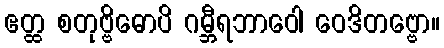
ဧတ္ထ စတုဗ္ဗိဓောပိ ဂမ္ဘီရဘာဝေါ ဝေဒိတဗ္ဗော။